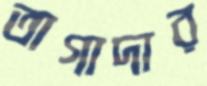
তাগাদার